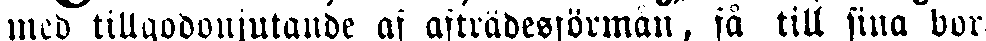
med tillgodonjutande af afträdesförmån, få till sina bor